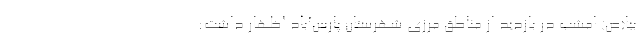
بیا(ص) امشب در بازدید از مناطق مرزی شهرستان پارس‌آباد اظهار داشت: